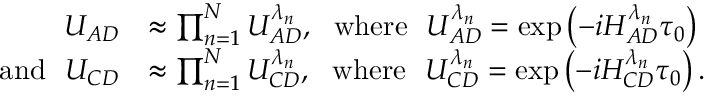
\begin{array} { r l } { U _ { A D } } & { \approx \prod _ { n = 1 } ^ { N } U _ { A D } ^ { \lambda _ { n } } , ~ ~ \mathrm { w h e r e } ~ ~ U _ { A D } ^ { \lambda _ { n } } = \exp \left( - i H _ { A D } ^ { \lambda _ { n } } \tau _ { 0 } \right) } \\ { \mathrm { a n d } ~ ~ U _ { C D } } & { \approx \prod _ { n = 1 } ^ { N } U _ { C D } ^ { \lambda _ { n } } , ~ ~ \mathrm { w h e r e } ~ ~ U _ { C D } ^ { \lambda _ { n } } = \exp \left( - i H _ { C D } ^ { \lambda _ { n } } \tau _ { 0 } \right) . } \end{array}